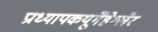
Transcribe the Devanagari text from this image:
प्राध्यापकयूर्गेंहेश्लेर